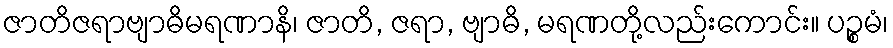
ဇာတိဇရာဗျာဓိမရဏာနိ၊ ဇာတိ, ဇရာ, ဗျာဓိ, မရဏတို့လည်းကောင်း။ ပဉ္စမံ၊